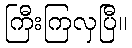
ကြီးကြလှပြီ။